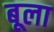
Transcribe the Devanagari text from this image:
बूला